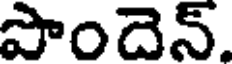
పాందెన్.